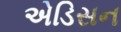
એડિસન